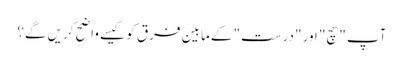
آپ "سچ" اور "درست" کے مابین فرق کو کیسے واضح کریں گے؟